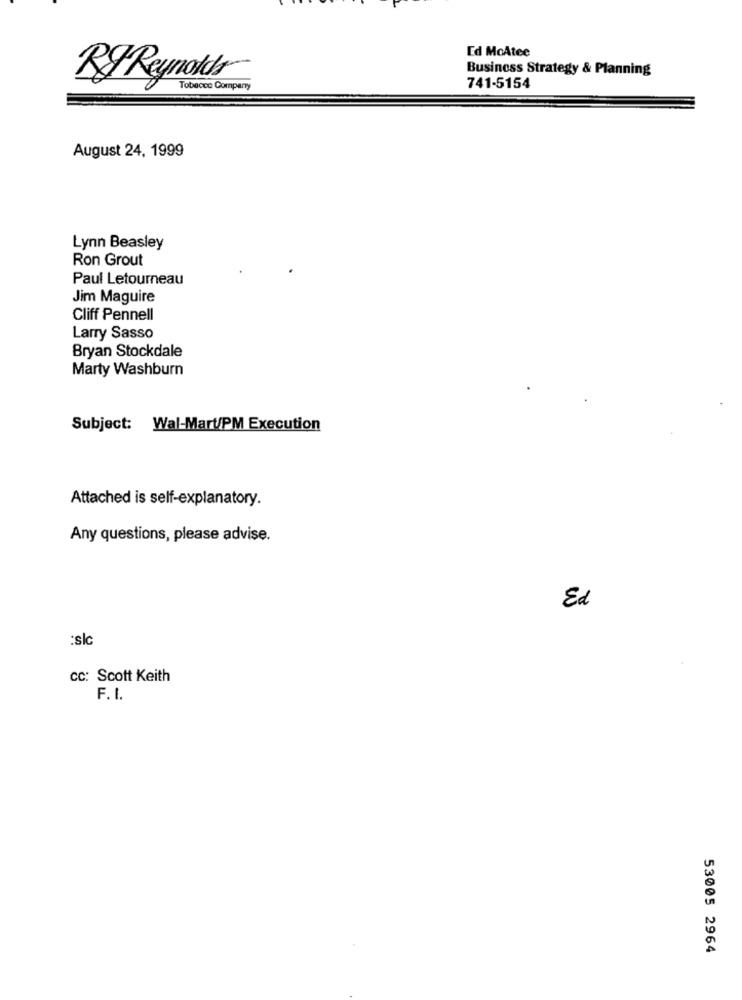
Ed McAtee
Business Strategy & Planning
Ry Reynolds
Tobacco Company
741-5154
August 24, 1999
Lynn Beasley
Ron Grout
Paul Letourneau
Jim Maguire
Cliff Pennell
Larry Sasso
Bryan Stockdale
Marty Washburn
Subject: Wal-Mart/PM Execution
Attached is self-explanatory.
Any questions, please advise.
Ed
:slc
CC: Scott Keith
F.I.
53005 2964